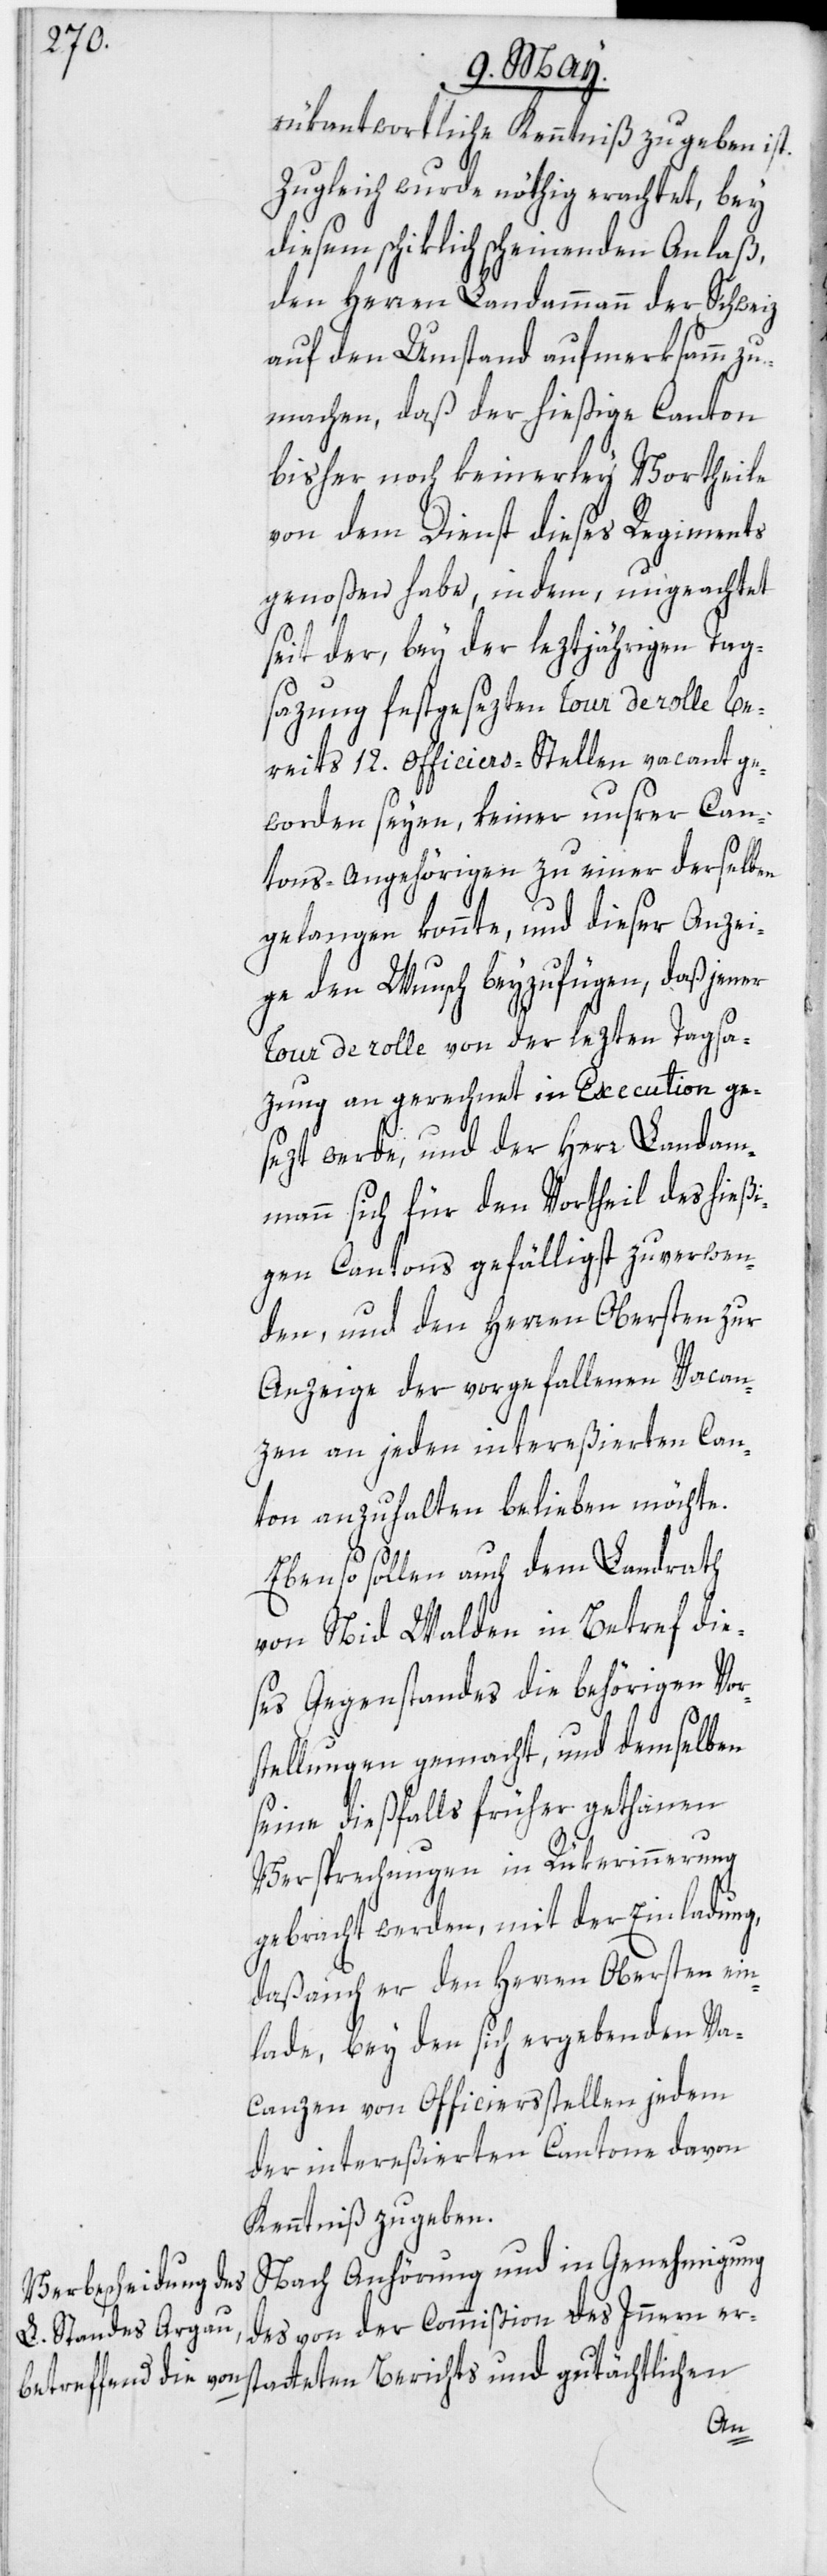
rükantwortliche Kenntniß zu geben ist.
Zugleich wurde nöthig erachtet, bey
diesem schiklich scheinenden Anlaß,
den Herren Landammann der Schweiz
auf den Umstand aufmerksamm zu
machen, daß der hießige Canton
bisher noch keinerley Vortheile
von dem Dienst dieses Regiments
genoßen habe, indem, ungeachtet
seit der, bey der leztjährigen Tag¬
sazung festgesezten Tour de rolle be¬
reits 12. Officiers-Stellen vacant ge¬
worden seyen, keiner unsrer Can¬
tons-Angehörigen zu einer derselben
gelangen konnte, und dieser Anzei¬
ge den Wunsch beyzufügen, daß jener
Tour de rolle von der lezten Tagsa¬
zung an gerechnet in Execution ge¬
sezt werde, und der Herr Landam¬
mann sich für den Vortheil des hießi¬
gen Cantons gefälligst zu verwen¬
den, und den Herren Obersten zur
Anzeige der vorgefallenen Vacan¬
zen an jeden intereßierten Can¬
ton anzuhalten belieben möchte.
Ebenso sollen auch dem Landrath
von Nid Walden in Betref die¬
ses Gegenstandes die behörigen Vor¬
stellungen gemacht, und demselben
seine dießfalls früher gethanen
Versprechungen in Rükerinnerung
gebracht werden, mit der Einladung,
daß auch er den Herren Obersten ein¬
lade, bey den sich ergebenden Va¬
canzen von Officiersstellen jedem
der intereßierten Cantone davon
Kenntniß zu geben.
Nach Anhörung und in Genehmigung
des von der Commißion des Innern ers¬
tatteten Berichts und gutächtlichen